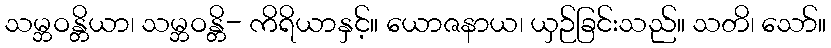
သမ္ဘဝန္တိယာ၊ သမ္ဘဝန္တိ- ကိရိယာနှင့်။ ယောဇနာယ၊ ယှဉ်ခြင်းသည်။ သတိ၊ သော်။